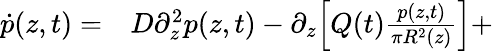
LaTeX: \begin{array}{rl}{\dot{p}(z,t)=}&{{}D\partial_{z}^{2}p(z,t)-\partial_{z}\Big[Q(t)\frac{p(z,t)}{\pi R^{2}(z)}\Big]+}\end{array}